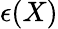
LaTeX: \epsilon(X)